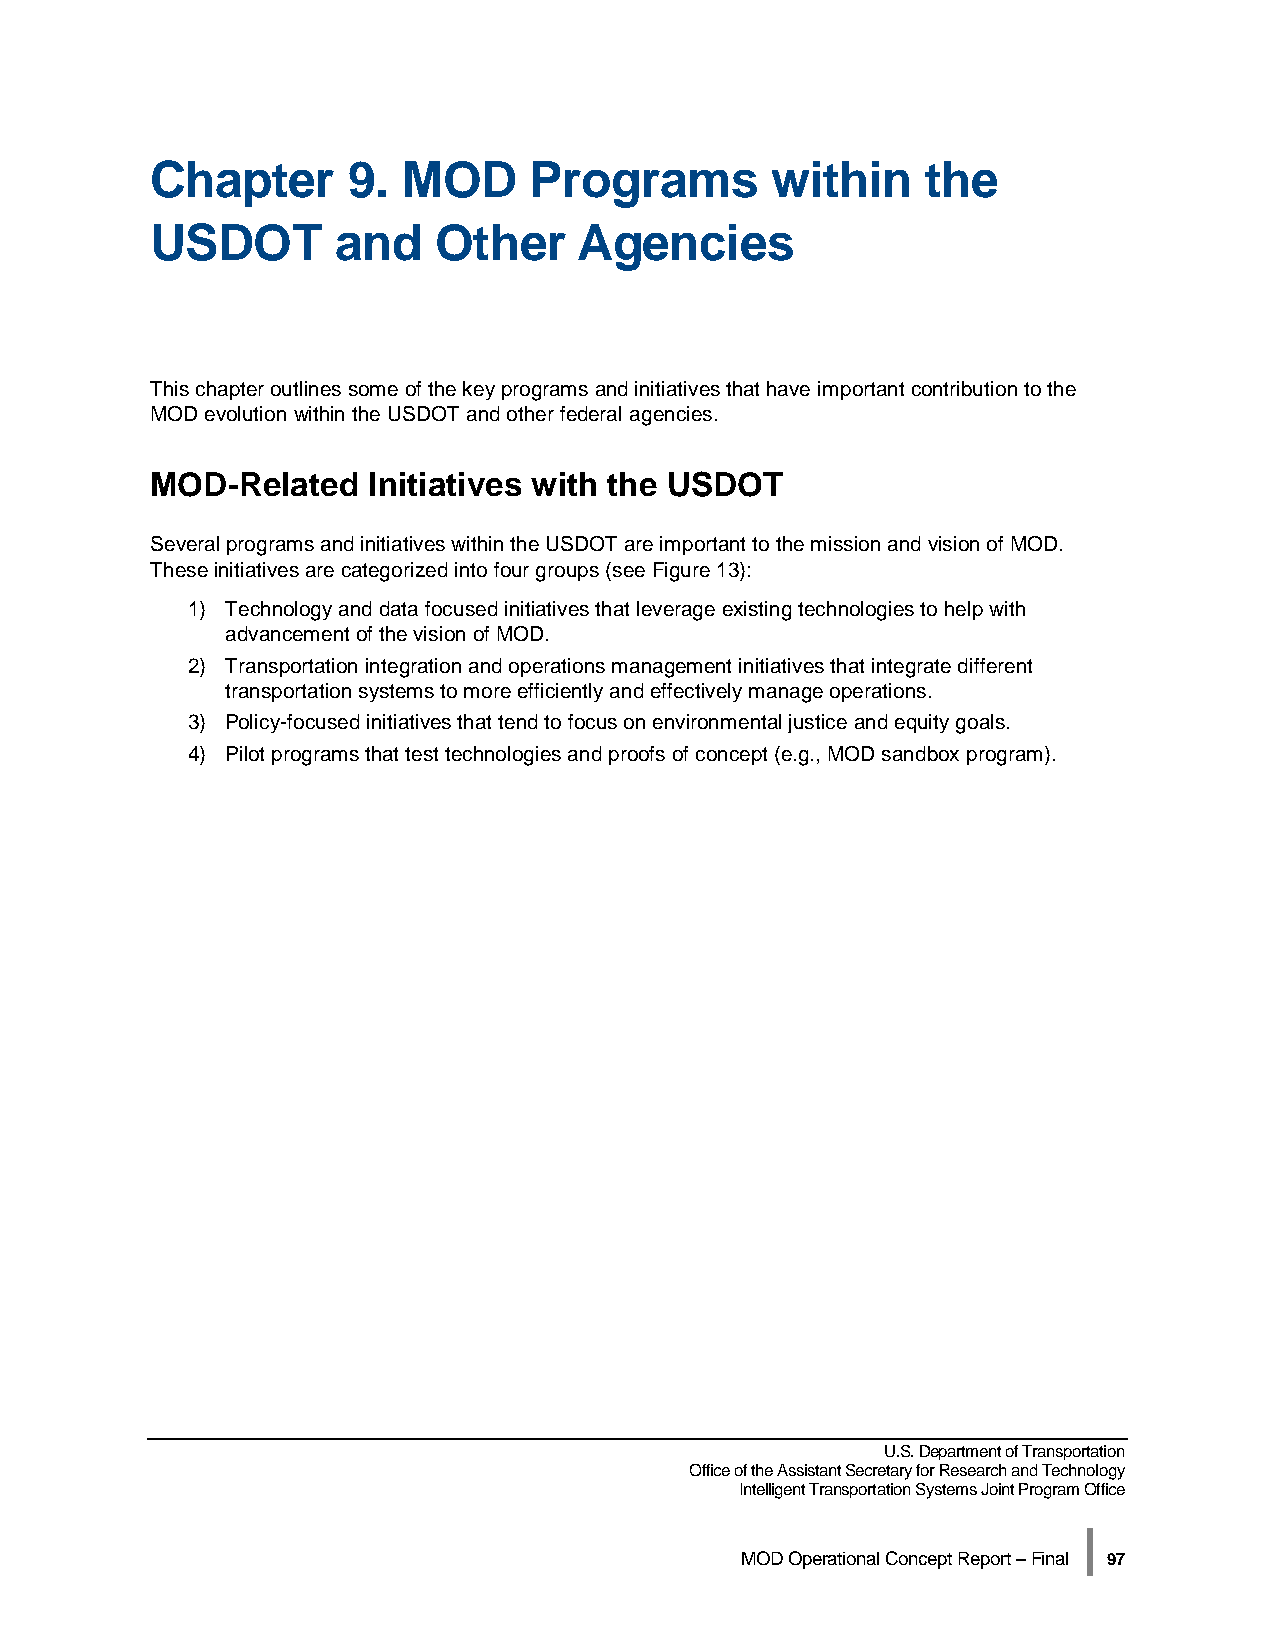
Chapter      9.  MOD     Programs        within    the
 USDOT       and    Other    Agencies
 This chapter outlines some of the key programs and initiatives that have important contribution to the
 MOD evolution within the USDOT and other federal agencies.
 MOD-Related   Initiatives with the USDOT
 Several programs and initiatives within the USDOT are important to the mission and vision of MOD.
 These initiatives are categorized into four groups (see Figure 13):
 1) Technology and data focused initiatives that leverage existing technologies to help with
 advancement of the vision of MOD.
 2) Transportation integration and operations management initiatives that integrate different
 transportation systems to more efficiently and effectively manage operations.
 3) Policy-focused initiatives that tend to focus on environmental justice and equity goals.
 4) Pilot programs that test technologies and proofs of concept (e.g., MOD sandbox program).
 U.S. Department of Transportation
 Office of the Assistant Secretary for Research and Technology
 Intelligent Transportation Systems Joint Program Office
 |
 MOD Operational Concept Report – Final 97